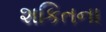
શકિતના